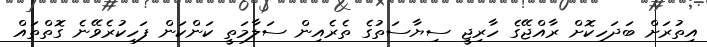
އިތުރަށް ބަދަހިކޮށް ރާއްޖޭގެ ހާރިޖީ ސިޔާސަތުގެ ތެރެއިން ސަލާމަތީ ކަންކަން ފަހިކުރެވޭނެ ގޮތްތައް